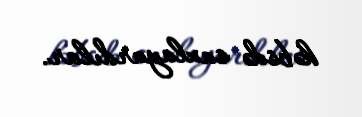
həbsdə saxlayardılar.